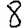
Digit: 8